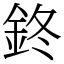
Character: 鉖